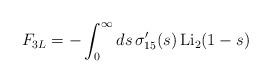
LaTeX: \begin{align*}F_{3L}=-\int_0^\infty ds\,\sigma^\prime_{15}(s)\,{\rm Li}_2(1-s)\end{align*}